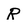
Character: R